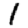
Digit: 1